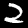
Label: 2